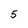
Character: 5